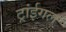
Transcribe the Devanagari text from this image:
ट्रांईगल